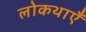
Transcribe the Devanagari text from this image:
लोकथाएँ